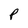
Character: P